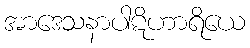
အာဒေသနာပါဋိဟာရိယေ